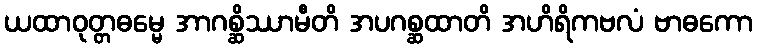
ယထာဝုတ္တဓမ္မေ အာဂစ္ဆိဿာမီတိ အပဂစ္ဆထာတိ အဟိရိကဗလံ ဗာဓကော